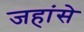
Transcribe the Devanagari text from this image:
जहांसे